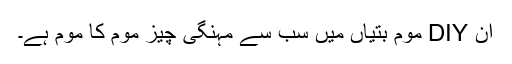
ان DIY موم بتیاں میں سب سے مہنگی چیز موم کا موم ہے۔